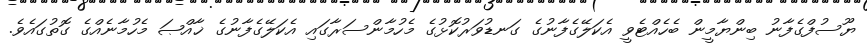
ޔޫސުފްގެފާނު ބިންޔާމީން ބެހެއްޓެވީ އެކަލޭގެފާނުގެ ގަނޑުވަރުކޮޅުގެ މެހުމާންސަރާގައި އެކަލޭގެފާނުގެ ޚާއްޞަ މެހުމާނެއްގެ ގޮތުގައެވެ.